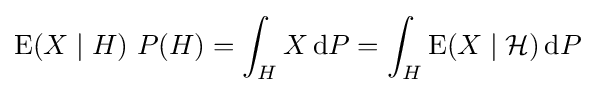
\operatorname {E} (X\mid H)\ P(H)=\int _{H}X\,\mathrm {d} P=\int _{H}\operatorname {E} (X\mid {\mathcal {H}})\,\mathrm {d} P